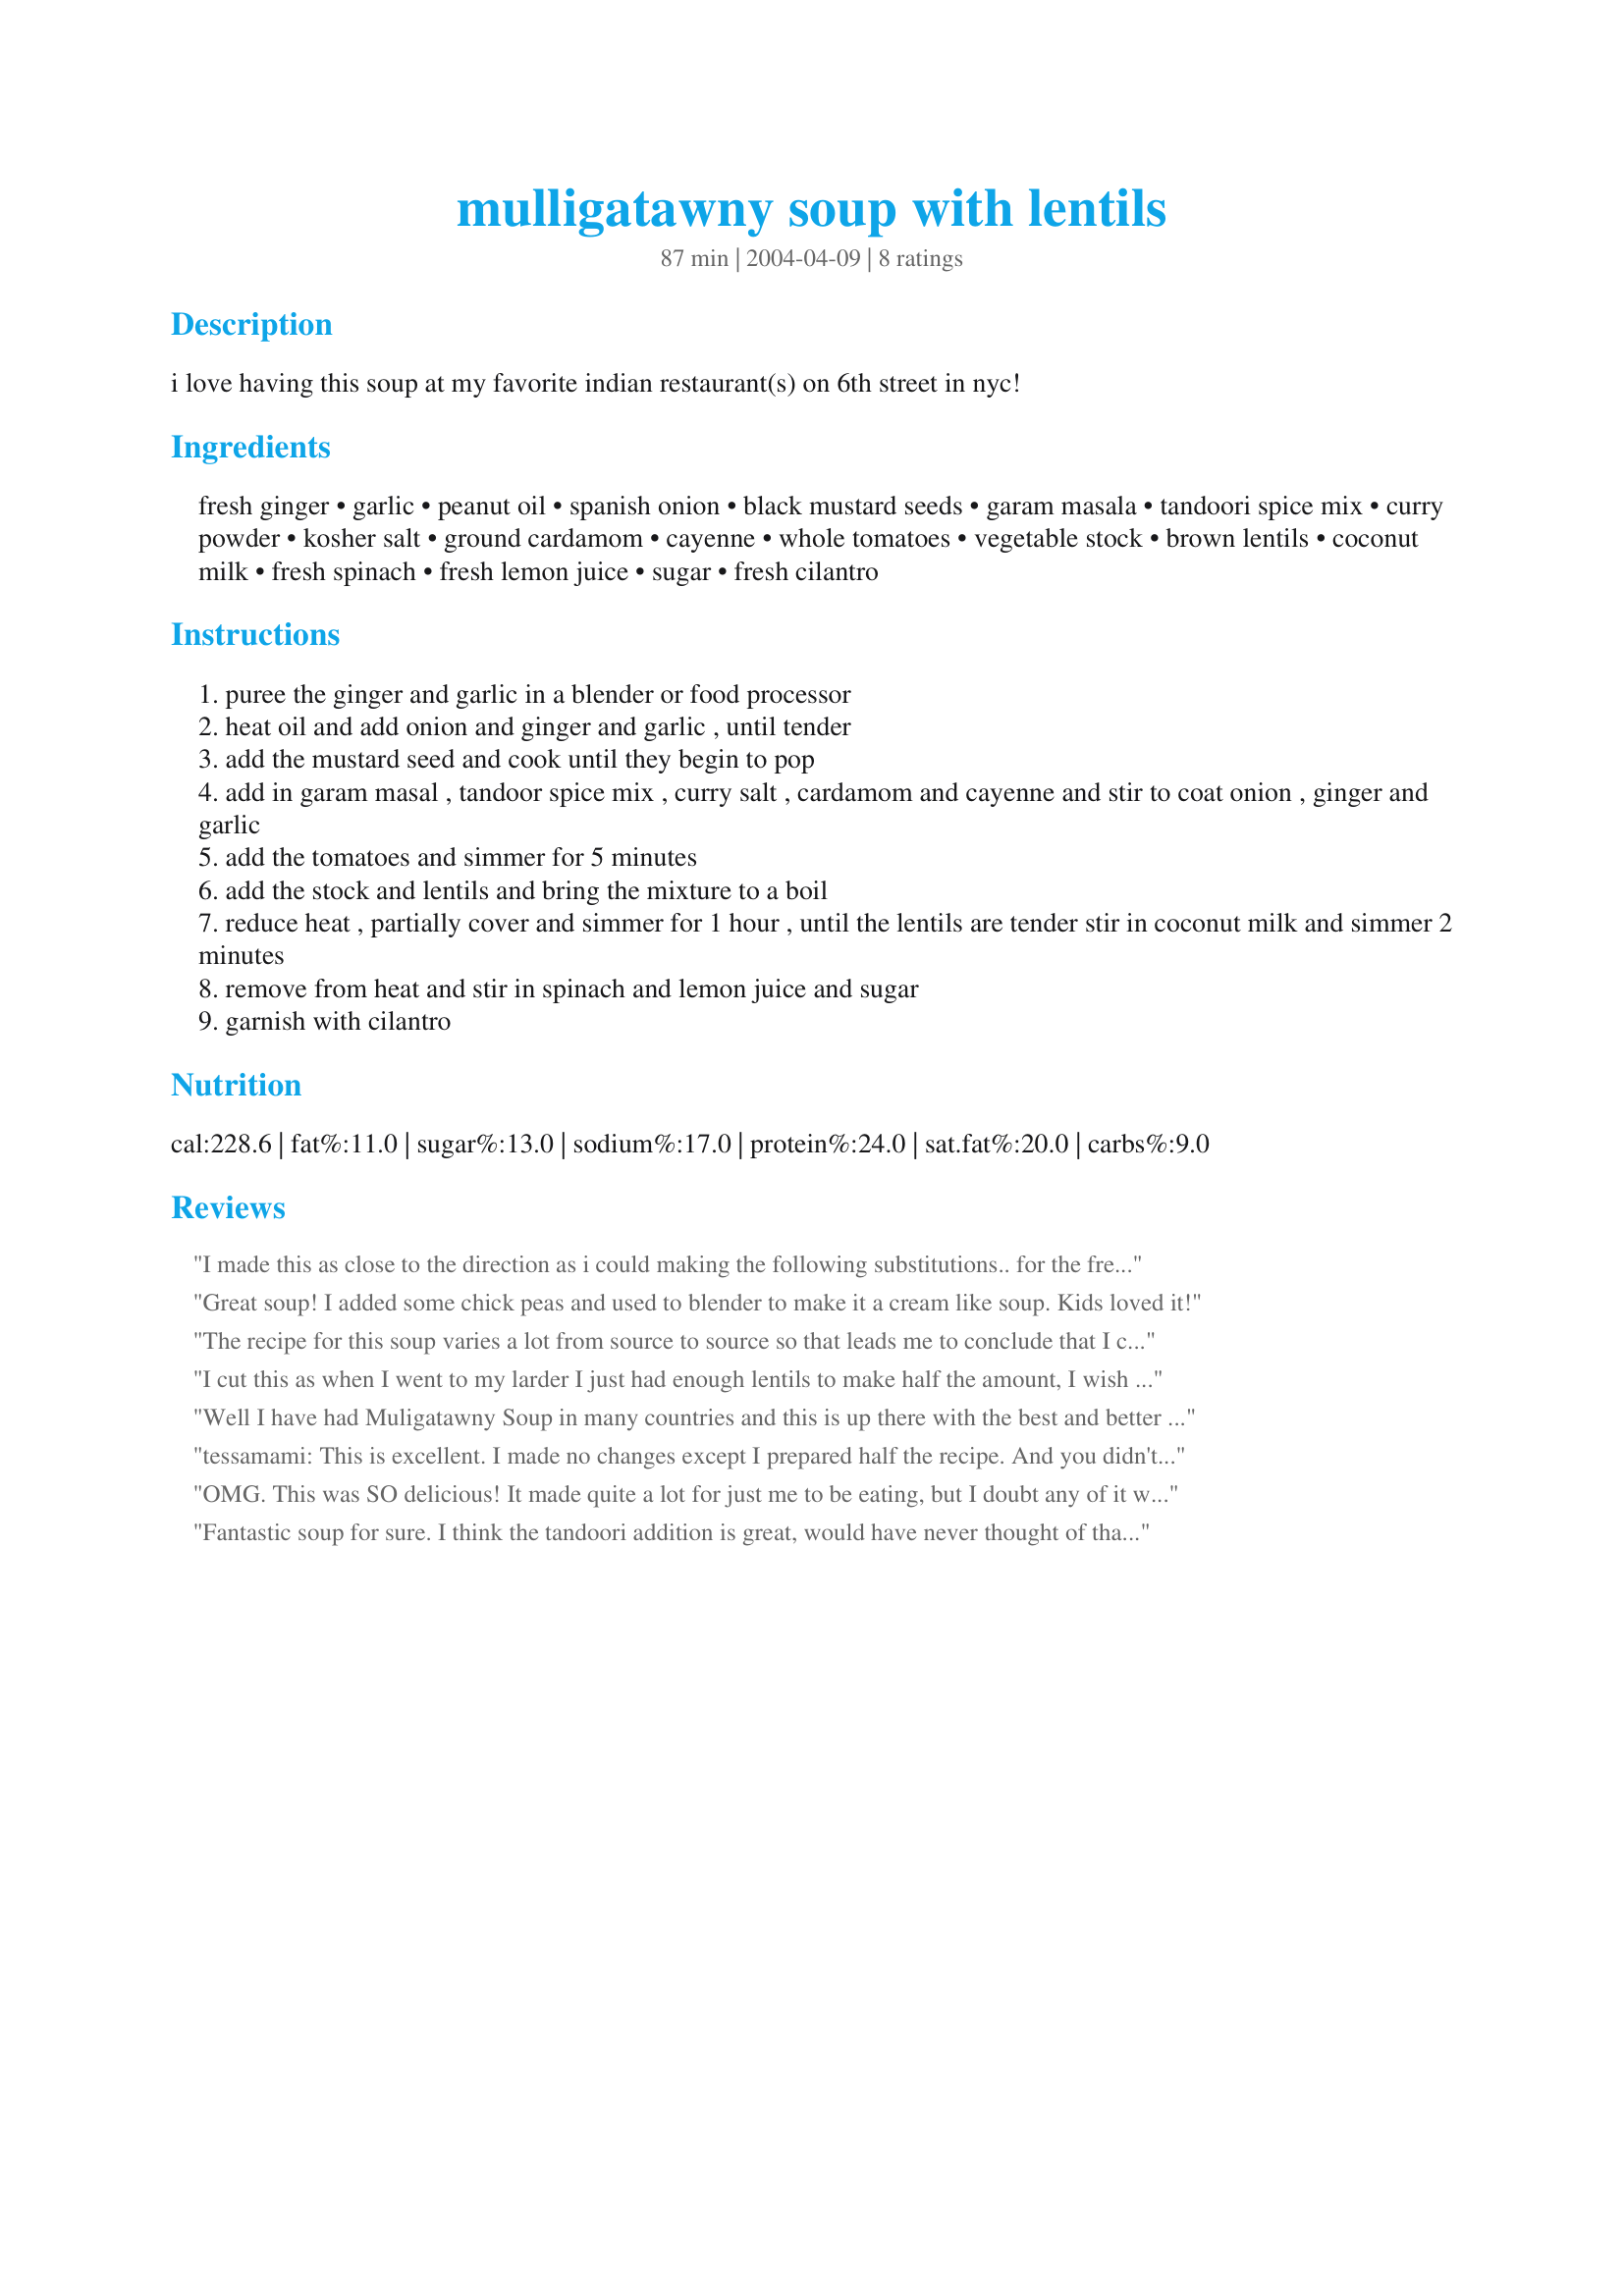
mulligatawny soup with lentils
Preparation time: 87 minutes

i love having this soup at my favorite indian restaurant(s) on 6th street in nyc!

Ingredients:
fresh ginger, garlic, peanut oil, spanish onion, black mustard seeds, garam masala, tandoori spice mix, curry powder, kosher salt, ground cardamom, cayenne, whole tomatoes, vegetable stock, brown lentils, coconut milk, fresh spinach, fresh lemon juice, sugar, fresh cilantro

Steps:
puree the ginger and garlic in a blender or food processor
heat oil and add onion and ginger and garlic , until tender
add the mustard seed and cook until they begin to pop
add in garam masal , tandoor spice mix , curry salt , cardamom and cayenne and stir to coat onion , ginger and garlic
add the tomatoes and simmer for 5 minutes
add the stock and lentils and bring the mixture to a boil
reduce heat , partially cover and simmer for 1 hour , until the lentils are tender stir in coconut milk and simmer 2 minutes
remove from heat and stir in spinach and lemon juice and sugar
garnish with cilantro

Reviews:
I made this as close to the direction as i could making the following substitutions..
for the fresh ginger- 2 tsp dry
for the mustard seeds- 2 tsp dry
i used chicken stock. didn't use the sugar and used 1/2 lime instead of lemon.
i don't think the dish suffered at all. these were minor substitutions and it is flavorful and delicious. i have PLENTY to freeze for another occasion.
I served it with Whole Wheat bread (#123305)
it is similar to my own recipe for lentils with chicken (#85865), but a nice change with the added coconut milk. very tasty...
Great soup! I added some chick peas and used to blender to make it a cream like soup.
Kids loved it!
The recipe for this soup varies a lot from source to source so that leads me to conclude that I can interpret it as I wish :) My interest in this comes from an episode of Seinfeld where a character called "soup nazi" prepared this soup. I started messing around with some Indian cookbooks and found around four recipes. The one that did it for me was from a cookbook with recipes from Chicago restaurants which is very similar to what you are posting here. There are several things to remark:

Lentils: I used red lentils because I am lazy and they cook faster :) Since many sources used different types of lentils I didn't think it was that crucial...

Spices: You used ground mustard, I chose curry alone... Some other sources report using cardamom, red pepper and other things that are too complicated to find... I believe, and maybe I am talking non-sense, that the final end of the spices is to give the soup a kick... Seasoning after all is very personal...

Coconut Milk and Sugar: I am using yogurt and a pureed apple... It really tastes great! Perhaps this is another component of the soup that has to be there.

I am stealing some ideas from the recipe you posted. Thanks for posting it!


I cut this as when I went to my larder I just had enough lentils to make half the amount, I wish I had more as it is a great soup. Mine turned out more like a stew, it was very thick but I did like it like that. I think the amount of black mustard seeds sounds a lot but once the soup is made you will see that the amount is just fine, they give it that lovely nutty flavour when you let them pop, but I warn anyone who makes this to keep your pot lid handy or you will have mustard seeds everywhere. I have used them before so I had my lid close by me. The soup it's self is so flavoursome, and is well worth the work putting it together, the smell when it's cooking is amazing, I made it a bit healther by using low fat coconut milk and I didn't think it needed any sugar. I even liked it before you put the milk in it has such a nice taste. This will become a family favourite as we love the taste of India. Thank you so much for posting. made for January warm up 2011
Well I have had Muligatawny Soup in many countries and this is up there with the best and better than many - And I made it - WOW!
I had some last night and I'm having more now for breakfast - I will certainly be trying more recipes from this site - Thanks-Bubbles
tessamami: This is excellent. I made no changes except I prepared half the recipe. And you didn't say how much ginger so I added 2 teaspoons. You don't need the optional sugar as the coconut milk adds just enough sweetness. I love this stuff. I will make it often and can't wait to make it for company. Thanks so much for this!

OMG. This was SO delicious! It made quite a lot for just me to be eating, but I doubt any of it will go to waste because it tastes so good! I used green lentils because I didn't have brown which is why I think I had to add 2 cups more water 20mins before it was done cooking (I almost burnt it! Phew!). It wasn't very soupy, but I liked it that way. I ate it with rice or pita bread, for dinner and lunch and then dinner again.. so far. Will be eating more of it today! YUM!!!
Fantastic soup for sure. I think the tandoori addition is great, would have never thought of that (and hey, it's collecting dust in the back of my cupboard...so even better to use it up). The amount of mustard seeds scared me, I must admit I wanted to use a fraction of that, but decided to go for it and it's great. I only used a small tin of tomatoes and cut down the stock to 4 cups plus 2 of water (because there was quite enough salt with the 2 tsp earlier on). Really good, thanks Tessamami, I'm really enjoying it!
